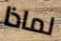
لماذا